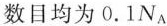
数目均为0.1N_{A}